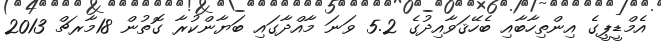
އެމްޑީޕީގެ އިންތިހާބާއި ބެހޭޤަވާއިދުގެ 5.2 ވަނަ މާއްދާގައި ބަޔާންކުރާ ގޮތުން 18މާރޗް 2013